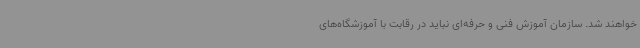
خواهند شد. سازمان آموزش فنی و حرفه‌ای نباید در رقابت با آموزشگاه‌های